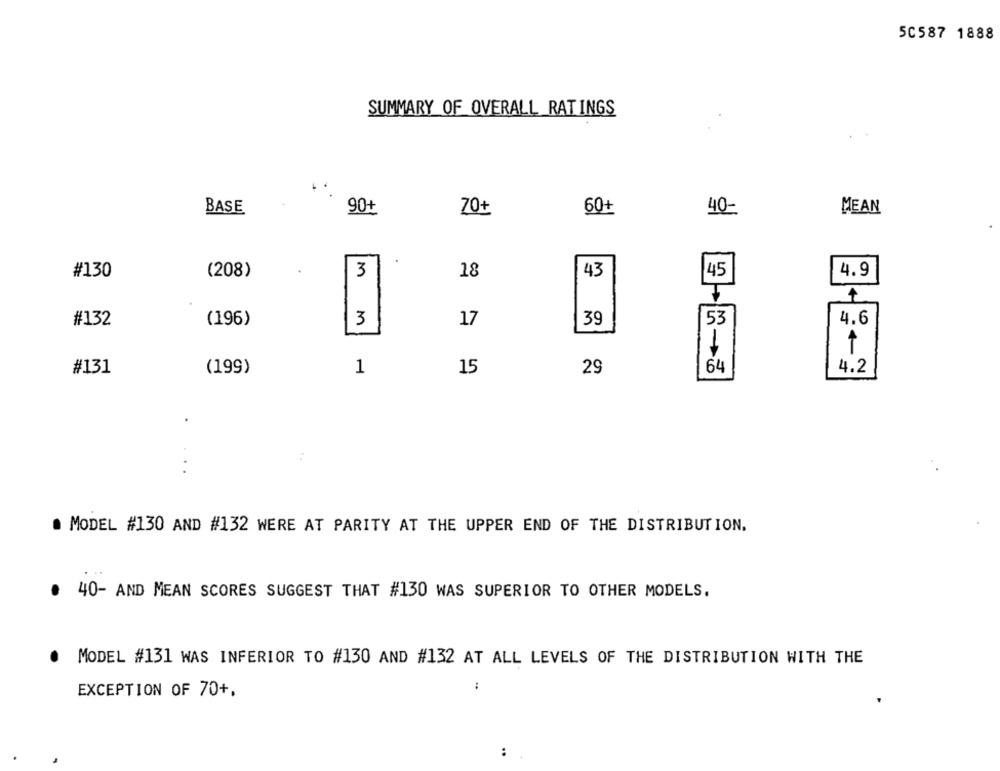
50587 1888
SUMMARY OF OVERALL RATINGS
BASE
90+
70+
60+
40-
MEAN
3
#130
(208)
18
43
45
4.9
#132
(196)
3
17
39
53
4.6
#131
(199)
1
15
64
4.2
29
. MODEL #130 AND #132 WERE AT PARITY AT THE UPPER END OF THE DISTRIBUTION.
. 40- AND MEAN SCORES SUGGEST THAT #130 WAS SUPERIOR TO OTHER MODELS.
MODEL #131 WAS INFERIOR TO #130 AND #132 AT ALL LEVELS OF THE DISTRIBUTION WITH THE
:
EXCEPTION OF 70+,
: